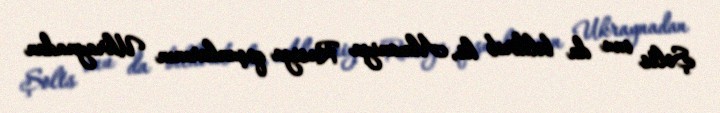
Şolts onu da bildirib ki, Almaniya Rusiya qoşunlarının Ukraynadan